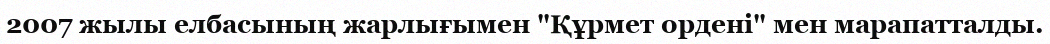
2007 жылы елбасының жарлығымен "Құрмет ордені" мен марапатталды.